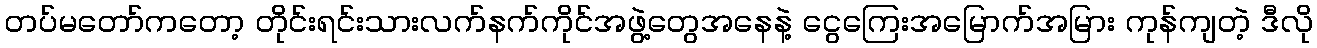
တပ်မတော်ကတော့ တိုင်းရင်းသားလက်နက်ကိုင်အဖွဲ့တွေအနေနဲ့ ငွေကြေးအမြောက်အမြား ကုန်ကျတဲ့ ဒီလို